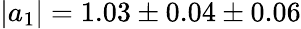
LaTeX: |a_{1}|=1.03\pm 0.04\pm 0.06